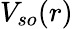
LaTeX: V_{so}(r)